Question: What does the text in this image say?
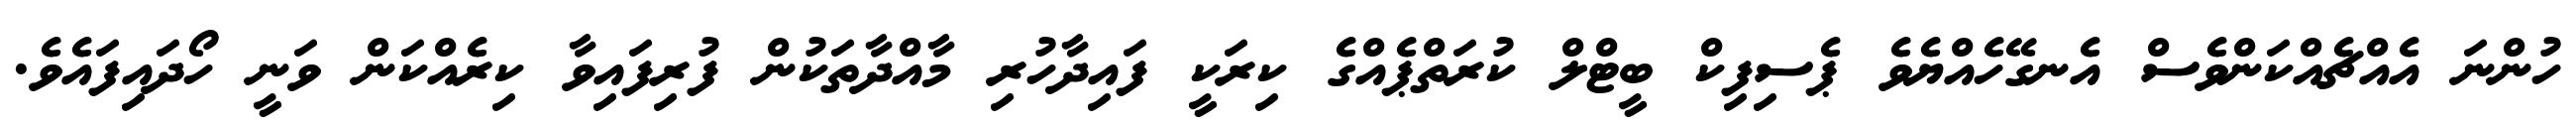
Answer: ހުންނަ އެއްޗެއްކަންވެސް އެނގޭހެއްޔެވެ ޕެސިފިކް ބީޓްލް ކުރަތްޕެއްގެ ކިރަކީ ފައިދާހުރި މާއްދާތަކުން ފުރިފައިވާ ކިރެއްކަން ވަނީ ހޯދައިފައެވެ.